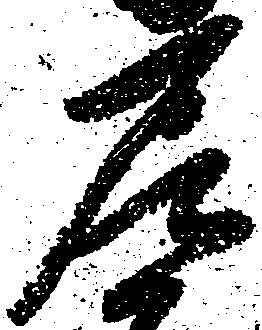
尼